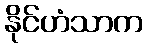
နိုင်ဟံသာက